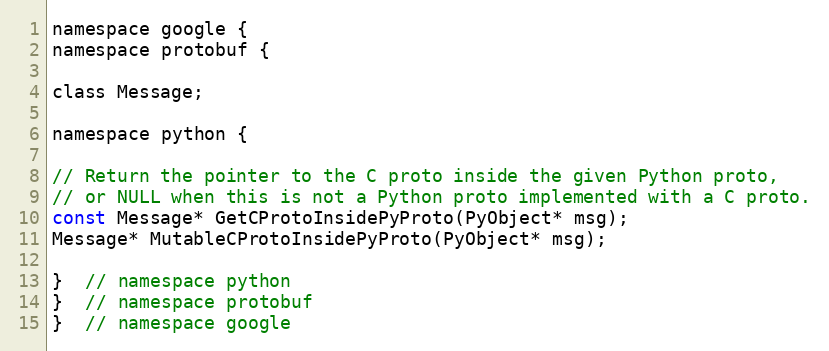
Language: C
namespace google {
namespace protobuf {

class Message;

namespace python {

// Return the pointer to the C proto inside the given Python proto,
// or NULL when this is not a Python proto implemented with a C proto.
const Message* GetCProtoInsidePyProto(PyObject* msg);
Message* MutableCProtoInsidePyProto(PyObject* msg);

}  // namespace python
}  // namespace protobuf
}  // namespace google